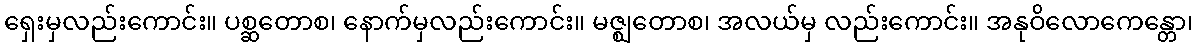
ရှေးမှလည်းကောင်း။ ပစ္ဆတောစ၊ နောက်မှလည်းကောင်း။ မဇ္ဈတောစ၊ အလယ်မှ လည်းကောင်း။ အနုဝိလောကေန္တော၊